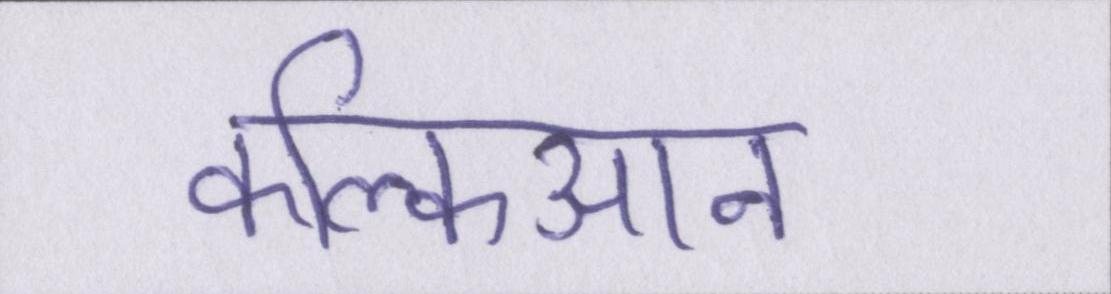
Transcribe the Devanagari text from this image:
कल्किआन